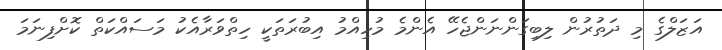
އަޒަލްގެ މި ދަތުރުން ލިބިގަންނަންޖެހޭ އެންމެ މުހިއްމު އިބުރަތަކީ ހިތްވަރާއެކު މަސައްކަތް ކޮށްފިނަމަ